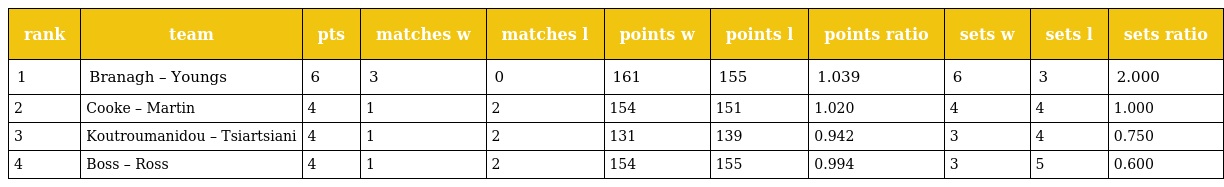
| rank | team | pts | matches w | matches l | points w | points l | points ratio | sets w | sets l | sets ratio |
 | --- | --- | --- | --- | --- | --- | --- | --- | --- | --- | --- |
 | 1 | Branagh – Youngs | 6 | 3 | 0 | 161 | 155 | 1.039 | 6 | 3 | 2.000 |
 | 2 | Cooke – Martin | 4 | 1 | 2 | 154 | 151 | 1.020 | 4 | 4 | 1.000 |
 | 3 | Koutroumanidou – Tsiartsiani | 4 | 1 | 2 | 131 | 139 | 0.942 | 3 | 4 | 0.750 |
 | 4 | Boss – Ross | 4 | 1 | 2 | 154 | 155 | 0.994 | 3 | 5 | 0.600 |